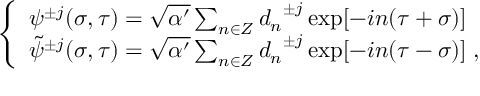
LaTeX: \left\{ \begin{array} { l } { { { \psi } ^ { \pm j } ( \sigma , \tau ) = \sqrt { \alpha ^ { \prime } } \sum _ { n \in Z } { d _ { n } } ^ { \pm j } \exp [ - i n ( \tau + \sigma ) ] } } \\ { { { \tilde { \psi } } ^ { \pm j } ( \sigma , \tau ) = \sqrt { \alpha ^ { \prime } } \sum _ { n \in Z } { d _ { n } } ^ { \pm j } \exp [ - i n ( \tau - \sigma ) ] \; , } } \end{array} \right.